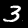
Digit: 3